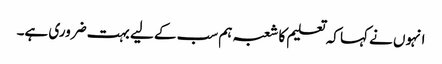
انہوں نے کہا کہ تعلیم کا شعبہ ہم سب کے لیے بہت ضروری ہے۔